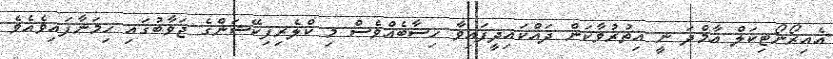
އެއިރޯނޯޓިކަލް އާމްދަ ނީ އިތުރުވާކަން ދައްކައިދީފައިވާ ހިސާބެއްވެސް މި ކްލެރިފިކޭޝަންގެ ޖަވާބުގައި ހިމަނާފައިވެއެވެ